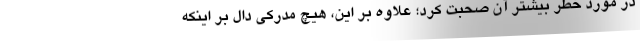
در مورد خطر بیشتر آن صحبت کرد؛ علاوه بر این، هیچ مدرکی دال بر اینکه